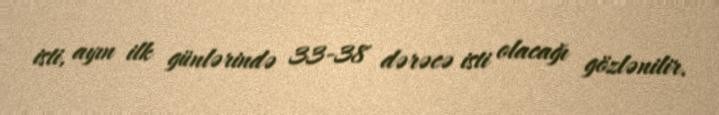
isti, ayın ilk günlərində 33-38 dərəcə isti olacağı gözlənilir.